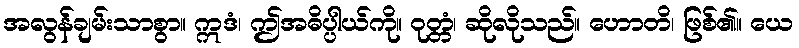
အလွန်ချမ်းသာစွာ။ ဣဒံ၊ ဤအဓိပ္ပါယ်ကို။ ဝုတ္တံ၊ ဆိုလိုသည်။ ဟောတိ၊ ဖြစ်၏။ ယေ